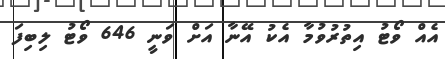
އެއް ވޯޓު އިތުރުވުމާ އެކު އޭނާ އަށް ވަނީ 646 ވޯޓު ލިބިފަ